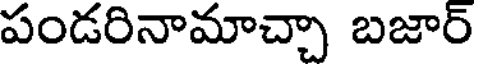
పండరినామాచ్చా బజార్